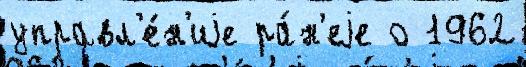
управл'е́н'иjе ра́н'еjе о 1962